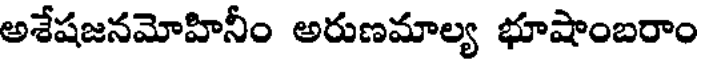
అశేషజనమోహినీం అరుణమాల్య భూషాంబరాం